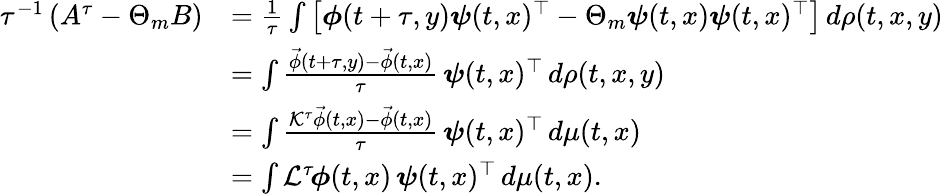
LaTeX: \begin{array}{rl}{\tau^{-1}\left(A^{\tau}-\Theta_{m}B\right)}&{=\frac{1}{\tau}\int\left[\boldsymbol{\phi}(t+\tau,y)\boldsymbol{\psi}(t,x)^{\top}-\Theta_{m}\boldsymbol{\psi}(t,x)\boldsymbol{\psi}(t,x)^{\top}\right]\, d\rho(t,x,y)}\\ &{=\int\frac{\vec{\phi}(t+\tau,y)-\vec{\phi}(t,x)}{\tau}\, \boldsymbol{\psi}(t,x)^{\top}\, d\rho(t,x,y)}\\ &{=\int\frac{\mathcal{K}^{\tau}\vec{\phi}(t,x)-\vec{\phi}(t,x)}{\tau}\, \boldsymbol{\psi}(t,x)^{\top}\, d\mu(t,x)}\\ &{=\int\mathcal{L}^{\tau}\! \boldsymbol{\phi}(t,x)\, \boldsymbol{\psi}(t,x)^{\top}\, d\mu(t,x).}\end{array}